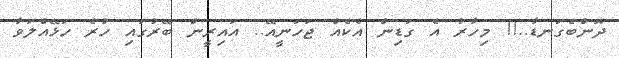
ދޮންބެގަނޑާ..!! މިހާރު އެ ގަޑިން އެކެއް ޖަހަނީއޭ.. އައިރީން ބޭރުގައި ހުރެ ހަޅޭއްލަވާ